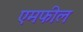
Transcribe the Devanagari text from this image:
एमफील